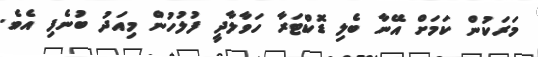
މަރަކުން ކަމަށް އޭނާ ބެލި ޑޮކްޓަރާ ހަވާލާދީ ފުލުހުން މިއަދު ބުނެފި އެވެ.